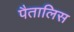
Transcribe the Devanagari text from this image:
पैतालिस